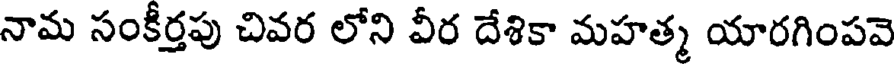
నామ సంకీర్తపు చివర లోని వీర దేశికా మహత్మ యారగింపవె